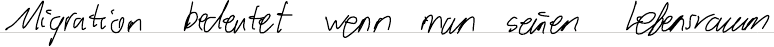
Migration bedeutet wenn man seinen Lebensraum